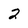
Character: 2